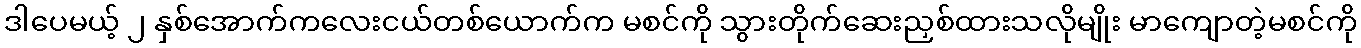
ဒါပေမယ့် ၂ နှစ်အောက်ကလေးငယ်တစ်ယောက်က မစင်ကို သွားတိုက်ဆေးညှစ်ထားသလိုမျိုး မာကျောတဲ့မစင်ကို